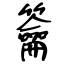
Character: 籥